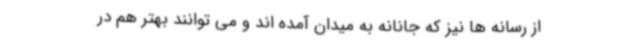
از رسانه ها نیز که جانانه به میدان آمده اند و می توانند بهتر هم در